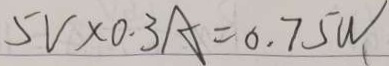
5 V \times 0 . 3 A = 0 . 7 5 W